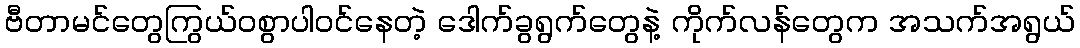
ဗီတာမင်တွေကြွယ်ဝစွာပါဝင်နေတဲ့ ဒေါက်ခွရွက်တွေနဲ့ ကိုက်လန်တွေက အသက်အရွယ်